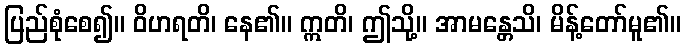
ပြည်စုံစေ၍။ ဝိဟရတိ၊ နေ၏။ ဣတိ၊ ဤသို့။ အာမန္တေသိ၊ မိန့်တော်မူ၏။